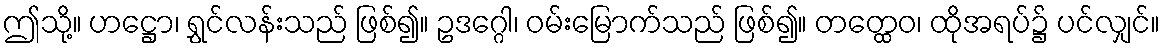
ဤသို့။ ဟဋ္ဌော၊ ရွှင်လန်းသည် ဖြစ်၍။ ဥဒဂ္ဂေါ၊ ဝမ်းမြောက်သည် ဖြစ်၍။ တတ္ထေဝ၊ ထိုအရပ်၌ ပင်လျှင်။